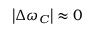
\left| \Delta \omega _ { C } \right| \approx 0